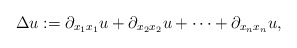
\begin{align*}\Delta u := \partial_{x_1x_1} u + \partial_{x_2x_2} u + \cdots + \partial_{x_nx_n} u,\end{align*}